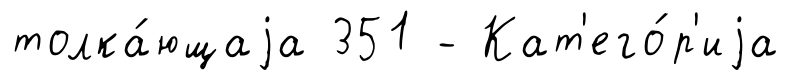
толка́ющаjа 351 - Кат'его́р'иjа